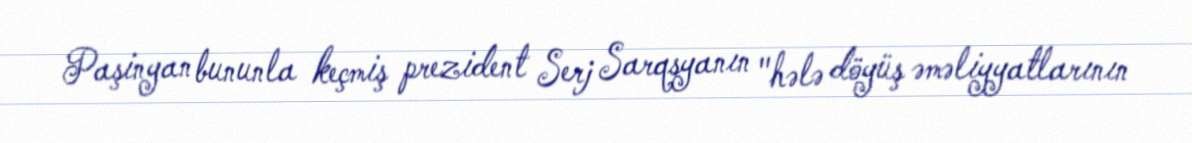
Paşinyan bununla keçmiş prezident Serj Sarqsyanın "hələ döyüş əməliyyatlarının